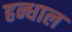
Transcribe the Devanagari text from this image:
हन्धाल